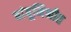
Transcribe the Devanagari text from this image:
बांबूमिश्रीत